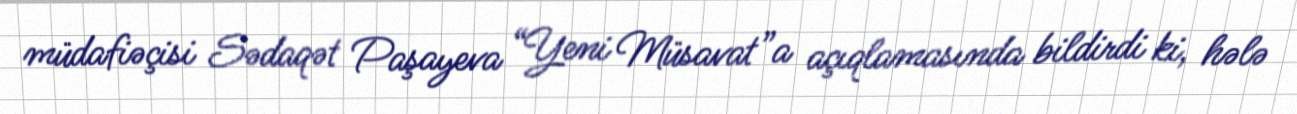
müdafiəçisi Sədaqət Paşayeva “Yeni Müsavat”a açıqlamasında bildirdi ki, hələ